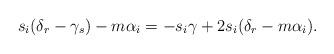
LaTeX: \begin{align*}s_i(\delta_r-\gamma_s)-m\alpha_i=-s_i\gamma+2s_i(\delta_r-m\alpha_i).\end{align*}